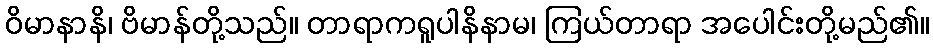
ဝိမာနာနိ၊ ဗိမာန်တို့သည်။ တာရာကရူပါနိနာမ၊ ကြယ်တာရာ အပေါင်းတို့မည်၏။